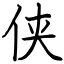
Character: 侠